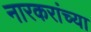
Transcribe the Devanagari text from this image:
नारकरांच्या